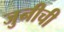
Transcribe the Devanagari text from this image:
जुनीची